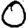
Digit: 0